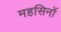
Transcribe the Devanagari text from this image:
महसिनों